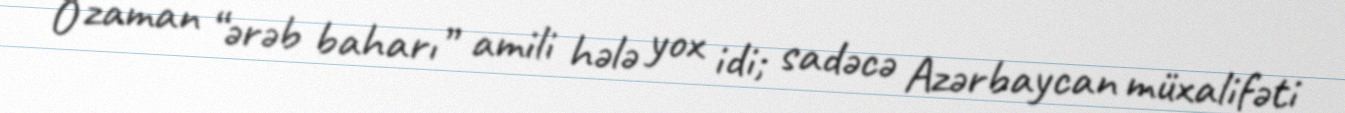
O zaman “ərəb baharı” amili hələ yox idi; sadəcə Azərbaycan müxalifəti